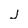
Character: J